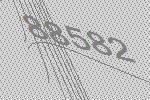
88582